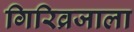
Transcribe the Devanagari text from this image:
गिरिव्रजाला